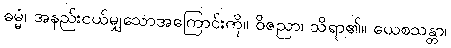
ဓမ္မံ၊ အနည်းငယ်မျှသောအကြောင်းကို။ ဝိဇညာ၊ သိရာ၏။ ယေစသန္တာ၊